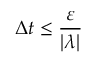
\Delta t \le \frac { \varepsilon } { | \lambda | }